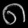
Digit: ၈